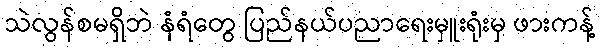
သဲလွန်စမရှိဘဲ နံရံတွေ ပြည်နယ်ပညာရေးမှူးရုံးမှ ဖားကန့်